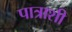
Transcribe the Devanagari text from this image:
पात्राशी